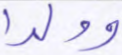
وولدا